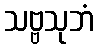
သဗ္ဗသုဘံ